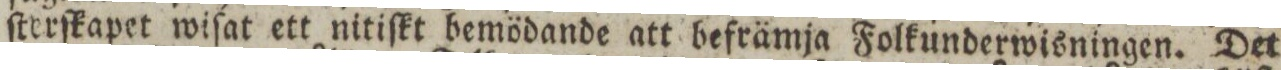
ſterſkapet wiſat ett nitiſkt bemödande att befrämja Folkunderwisningen. Det